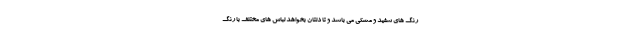
رنگ های سفید و مشکی می باشد و تا دلتان بخواهد لباس های مختلف با رنگ